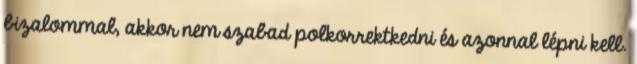
bizalommal, akkor nem szabad polkorrektkedni és azonnal lépni kell.